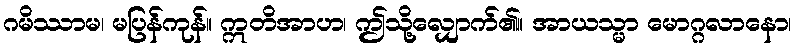
ဂမိဿာမ၊ မပြန်ကုန်။ ဣတိအာဟ၊ ဤသို့လျှောက်၏။ အာယသ္မာ မောဂ္ဂလာနော၊